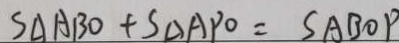
S _ { \Delta } A B O + S _ { \Delta } A P O = S \Delta B O P